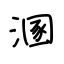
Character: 溷